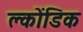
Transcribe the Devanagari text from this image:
क्लोंडिक